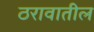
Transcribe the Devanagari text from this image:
ठरावातील